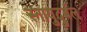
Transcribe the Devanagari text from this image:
स्नायुदुर्बल